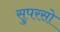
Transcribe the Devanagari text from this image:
सुपरसो